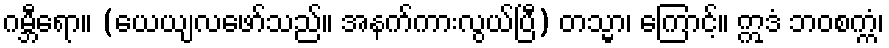
ဂမ္ဘီရော။ (ယေယျလဖော်သည်။ အနက်ကားလွယ်ပြီ) တသ္မာ၊ ကြောင့်။ ဣဒံ ဘဝစက္ကံ၊